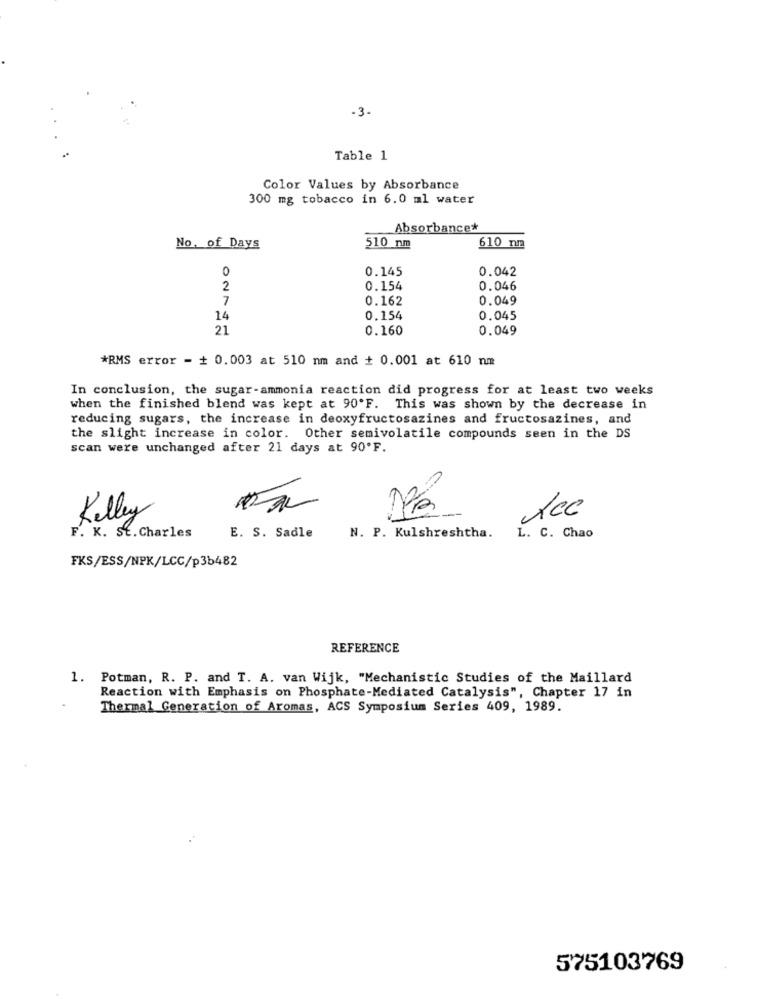
- 3
Table 1
Color Values by Absorbance
300 mg tobacco in 6.0 ml water
Absorbance*
No. of Days
510 nm
610 nm
0
0.145
0.042
2
0.154
0.046
7
0.162
0.049
14
0.154
0.045
21
0.160
0.049
*RMS error = + 0.003 at 510 nm and # 0.001 at 610 nm
In conclusion, the sugar-ammonia reaction did progress for at least two weeks
when the finished blend was kept at 90'F. This was shown by the decrease in
reducing sugars, the increase in deoxyfructosazines and fructosazines, and
the slight increase in color. Other semivolatile compounds seen in the DS
scan were unchanged after 21 days at 90'F.
Kelley
Acc
F. K. SE.Charles
E. S. Sadle
N. P. Kulshreshtha.
L. C. Chao
FKS/ESS/NPK/LCC/p3b482
REFERENCE
1. Potman, R. P. and T. A. van Wijk, "Mechanistic Studies of the Maillard
Reaction with Emphasis on Phosphate-Mediated Catalysis", Chapter 17 in
Thermal Generation of Aromas, ACS Symposium Series 409, 1989.
575103769